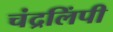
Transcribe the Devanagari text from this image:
चंद्रलिंपी